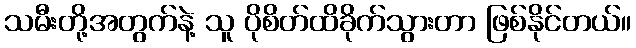
သမီးတို့အတွက်နဲ့ သူ ပိုစိတ်ထိခိုက်သွားတာ ဖြစ်နိုင်တယ်။